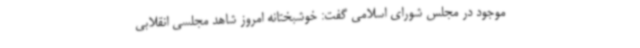
موجود در مجلس شورای اسلامی گفت: خوشبختانه امروز شاهد مجلسی انقلابی